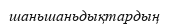
шаньшаньдықтардың